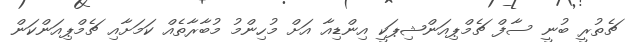
ޗެތުރީ ބުނީ ސާފް ޗެމްޕިއަންޝިޕަކީ އިންޑިއާ އަށް މުހިންމު މުބާރާތެއް ކަމަށާއި ޗެމްޕިއަންކަން